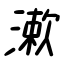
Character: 漱